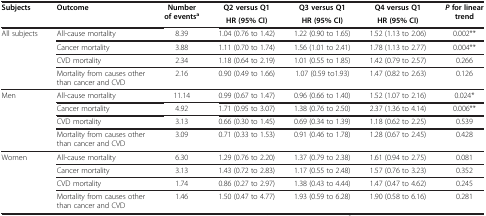
<table><thead><tr><td rowspan="2"><b>Subjects</b></td><td rowspan="2"><b>Outcome</b></td><td rowspan="2"><b>Number of events<sup>a</sup></b></td><td><b>Q2 versus Q1</b></td><td><b>Q3 versus Q1</b></td><td><b>Q4 versus Q1</b></td><td rowspan="2"><b><i>P </i>for linear trend</b></td></tr><tr><td><b>HR (95% CI)</b></td><td><b>HR (95% CI)</b></td><td><b>HR (95% CI)</b></td></tr></thead><tbody><tr><td rowspan="4">All subjects</td><td>All-cause mortality</td><td>8.39</td><td>1.04 (0.76 to 1.42)</td><td>1.22 (0.90 to 1.65)</td><td>1.52 (1.13 to 2.06)</td><td>0.002**</td></tr><tr><td>Cancer mortality</td><td>3.88</td><td>1.11 (0.70 to 1.74)</td><td>1.56 (1.01 to 2.41)</td><td>1.78 (1.13 to 2.77)</td><td>0.004**</td></tr><tr><td>CVD mortality</td><td>2.34</td><td>1.18 (0.64 to 2.19)</td><td>1.01 (0.55 to 1.85)</td><td>1.42 (0.79 to 2.57)</td><td>0.266</td></tr><tr><td>Mortality from causes other than cancer and CVD</td><td>2.16</td><td>0.90 (0.49 to 1.66)</td><td>1.07 (0.59 to1.93)</td><td>1.47 (0.82 to 2.63)</td><td>0.126</td></tr><tr><td rowspan="4">Men</td><td>All-cause mortality</td><td>11.14</td><td>0.99 (0.67 to 1.47)</td><td>0.96 (0.66 to 1.40)</td><td>1.52 (1.07 to 2.16)</td><td>0.024*</td></tr><tr><td>Cancer mortality</td><td>4.92</td><td>1.71 (0.95 to 3.07)</td><td>1.38 (0.76 to 2.50)</td><td>2.37 (1.36 to 4.14)</td><td>0.006**</td></tr><tr><td>CVD mortality</td><td>3.13</td><td>0.66 (0.30 to 1.45)</td><td>0.69 (0.34 to 1.39)</td><td>1.18 (0.62 to 2.25)</td><td>0.539</td></tr><tr><td>Mortality from causes other than cancer and CVD</td><td>3.09</td><td>0.71 (0.33 to 1.53)</td><td>0.91 (0.46 to 1.78)</td><td>1.28 (0.67 to 2.45)</td><td>0.428</td></tr><tr><td rowspan="4">Women</td><td>All-cause mortality</td><td>6.30</td><td>1.29 (0.76 to 2.20)</td><td>1.37 (0.79 to 2.38)</td><td>1.61 (0.94 to 2.75)</td><td>0.081</td></tr><tr><td>Cancer mortality</td><td>3.13</td><td>1.43 (0.72 to 2.83)</td><td>1.17 (0.55 to 2.48)</td><td>1.57 (0.76 to 3.23)</td><td>0.352</td></tr><tr><td>CVD mortality</td><td>1.74</td><td>0.86 (0.27 to 2.97)</td><td>1.38 (0.43 to 4.44)</td><td>1.47 (0.47 to 4.62)</td><td>0.245</td></tr><tr><td>Mortality from causes other than cancer and CVD</td><td>1.46</td><td>1.50 (0.47 to 4.77)</td><td>1.93 (0.59 to 6.28)</td><td>1.90 (0.58 to 6.16)</td><td>0.281</td></tr></tbody></table>